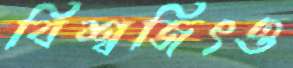
বিশ্বজিৎও